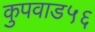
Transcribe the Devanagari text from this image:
कुपवाड५६